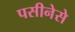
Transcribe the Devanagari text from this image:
पसीनेसे